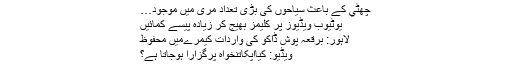
چھٹي کے باعث سیاحوں کی بڑی تعداد مری ميں موجود…
یوٹیوب ویڈیوز پر کلیمز بھیج کر زیادہ پیسے کمائیں
لاہور: برقعہ پوش ڈاکو کی واردات کیمرےمیں محفوظ
ویڈیو: کیاآپکاتنخواہ پرگزارا ہوجاتا ہے؟